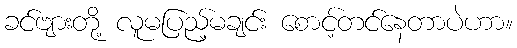
ခင်ဗျားတို့ လူမပြည့်မချင်း စောင့်တင်နေတာပဲဟာ။